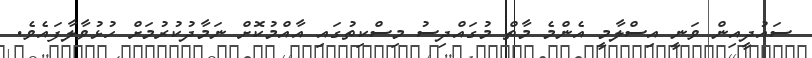
ސައުދީއިން ވަނީ އިސްލާމީ އެންމެ މާތް މުގައްދިސު މިސްކިތުގައި އާއްމުކޮށް ނަމާދުކުރުމަށް ހުޅުވާލާފައެވެ.